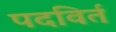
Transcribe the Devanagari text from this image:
पदविर्त